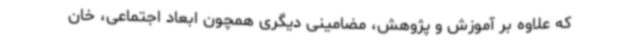
که علاوه بر آموزش و پژوهش، مضامینی دیگری همچون ابعاد اجتماعی، خان